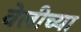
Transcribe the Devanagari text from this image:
वेलीच्या